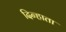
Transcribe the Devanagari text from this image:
दिन्हाता